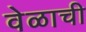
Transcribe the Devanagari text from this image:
वेळाची